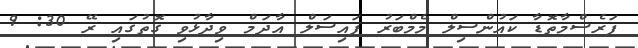
ފަރެސްމާތޮޑާ ކައުންސިލް މެމްބަރު ފައިސަލް އާދަމް ވިދާޅުވި ގޮތުގައި ރޭ 30: 9